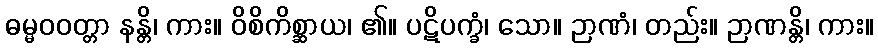
ဓမ္မဝဝတ္တာ နန္တိ၊ ကား။ ဝိစိကိစ္ဆာယ၊ ၏။ ပဋိပက္ခံ၊ သော။ ဉာဏံ၊ တည်း။ ဉာဏန္တိ၊ ကား။